Madras plague regulations and rules for the city of Madras
Disease focus: Plague
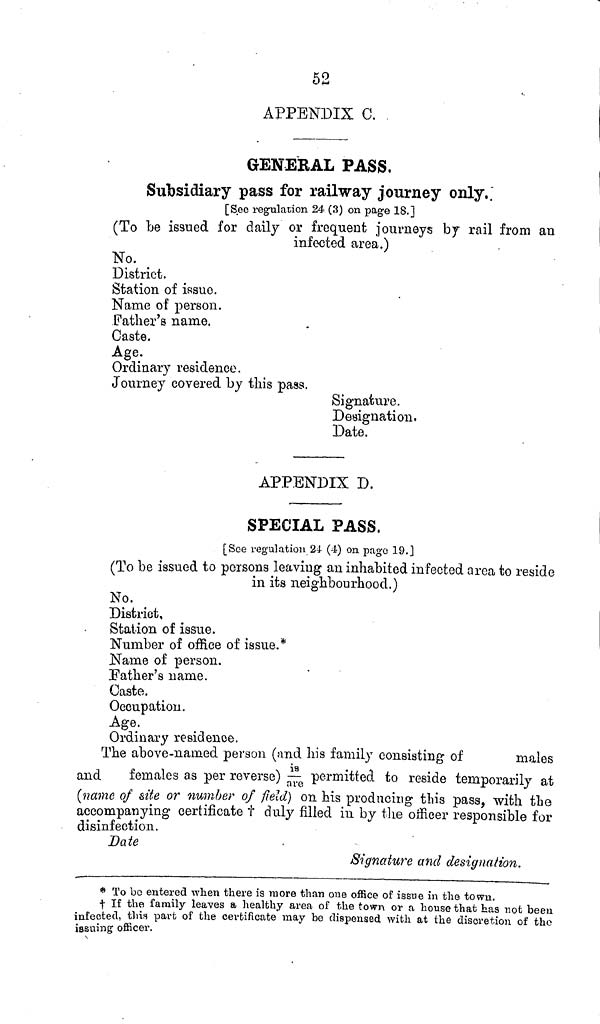
52
APPENDIX C.
GENERAL PASS,
Subsidiary pass for railway journey only.
[Seo regulation 24 (3) on page 18.]
(To be issued for daily or frequent journeys by rail from an
infected area.)
No.
District.
Station of issue.
Name of person.
Father's name.
Caste.
Age
Ordinary residence.
Journey covered by this pass.
Signature.
Designation.
Date.
APPENDIX D.
SPECIAL PASS.
[See regulation 24 (4) on page 19.]
(To be issued to persons leaving an inhabited infected area to reside
in its neighbourhood.)
No.
District,
Station of issue.
Number of office of issue.*
Name of person.
Father's name.
Caste.
Occupation.
Age.
Ordinary residence.
The above-named person (and his family consisting- of
males
and
females as per reverse) is/are permitted to reside temporarily at
(name of site or number of field) on his producing this pass, with the
accompanying certificate t duly filled in by the officer responsible for
disinfection.
Date
Signature and designation.
* To be entered when there is more than oue office of issue in the town.
If the family leaves a healthy area of the town or a house that has not been
infected, this part of the certificate may be dispensed with at the discretion of the
issuing officer.